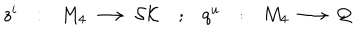
\begin{array} { c c c c c c c } { { z ^ { i } } } & { { : } } & { { M _ { 4 } \, \longrightarrow \, { \cal S K } } } & { { ; } } & { { q ^ { u } } } & { { : } } & { { M _ { 4 } \, \longrightarrow \, { \cal Q } } } \\ \end{array}